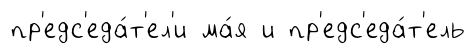
пр'едс'еда́т'ел'и ма́я и пр'едс'еда́т'ель